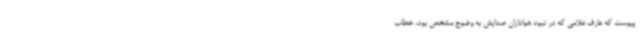
پیوست که عارف غلامی که در نبود هواداران صدایش به وضوح مشخص بود، خطاب